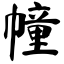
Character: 幢